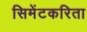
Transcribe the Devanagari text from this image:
सिमेंटकरिता